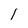
Character: 1